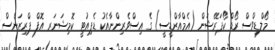
މޯލްޑިވްސް ރޯޑް ކޯޕަރޭޝަން (އެމްއާރްޑީސީ) ގެ އިސްވެރިންނާއެކު ޑެޕިއުޓީ ކޮމިޝަނަރ އޮފް ޕްރިޒަންސް